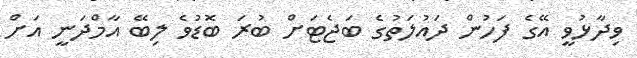
ވިދާޅުވީ އޭގެ ފަހުން ދައުލަތުގެ ބަޖެޓަށް ބުރަ ބޮޑުވެ ލިބޭ އާމްދަނީ އަށް